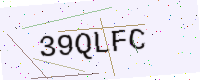
Text: 39QLFC